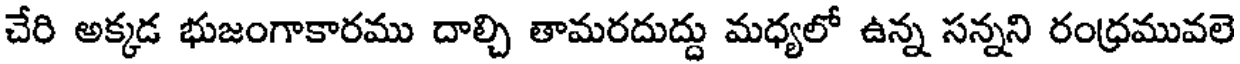
చేరి అక్కడ భుజంగాకారము దాల్చి తామరదుద్దు మధ్యలో ఉన్న సన్నని రంధ్రమువలె